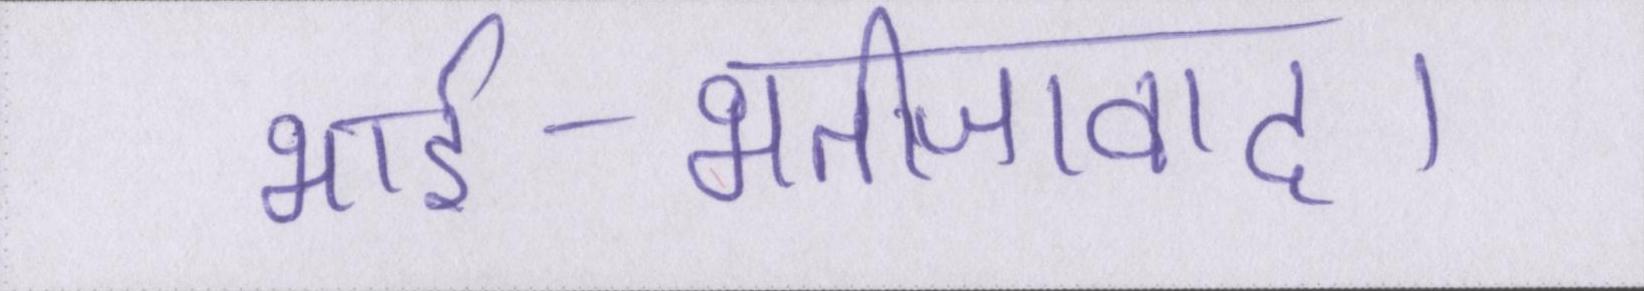
भार्इ-भतीजावाद।